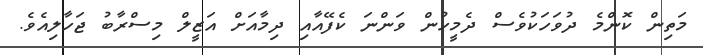
މަތިން ކޮންމެ ދުވަހަކުވެސް ދެމީހުން ވަންނަ ކެފޭއާއި ދިމާއަށް އަޒީލް މިސްރާބު ޖަހާލިއެވެ.